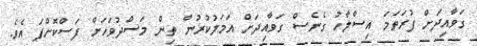
ގަވާއިދަށް ފުރަތަމަ އިސްލާހު ގެނެސް ގަވާއިދަށް އަމަލުކުރުން ތިން މަސްދުވަހަށް ފަސްކޮށްފަ އެވެ.